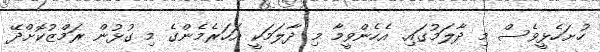
ހުށަހެޅީވެސް މި ދާލަމުގައި. އެހެންވީމާ މި ދާލަމަކީ އަހަރެމެންގެ މި ގުޅުން ރަމްޒުކޮށްދޭ